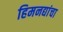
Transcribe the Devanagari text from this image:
हिमनद्यांचा